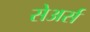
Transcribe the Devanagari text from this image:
सेअर्स